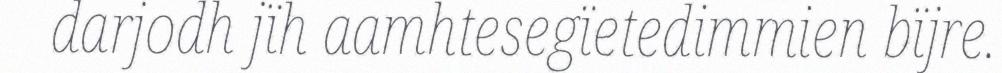
darjodh jïh aamhtesegïetedimmien bïjre.